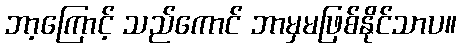
ဘာ့ကြောင့် သည်ကောင် ဘာမှမဖြစ်နိုင်သာပ။